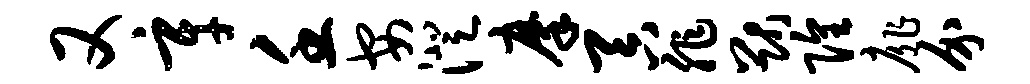
又辛壬安澄摩吞非猷隍扉介